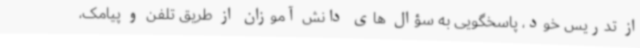
از تدریس خود، پاسخگویی به سؤال های دانش آموزان از طریق تلفن و پیامک،